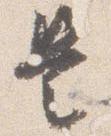
是